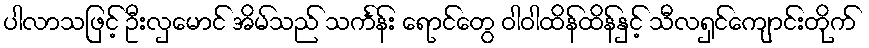
ပါလာသဖြင့် ဦးလှမောင် အိမ်သည် သင်္ကန်း ရောင်တွေ ဝါဝါထိန်ထိန်နှင့် သီလရှင်ကျောင်းတိုက်